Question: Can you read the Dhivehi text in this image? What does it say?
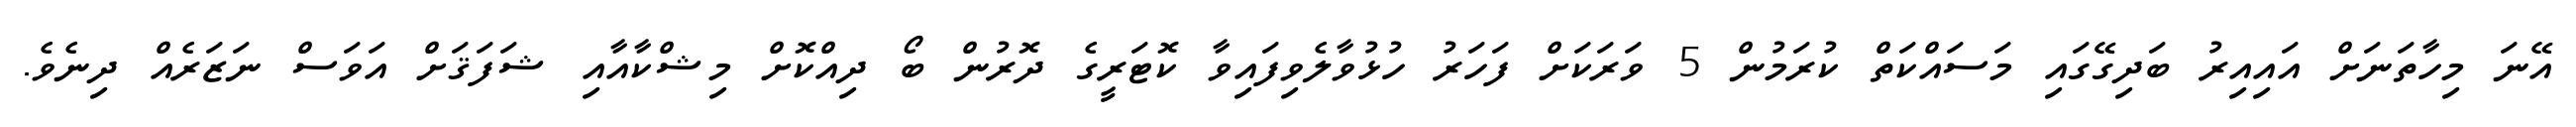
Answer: އޭނަ މިހާތަނަށް އައިއިރު ބަދިގޭގައި މަސައްކަތް ކުރަމުން 5 ވަރަކަށް ފަހަރު ހުޅުވާލެވިފައިވާ ކޮޓަރީގެ ދޮރުން ބޯ ދިއްކޮށް މިޝްކާއާއި ޝަފަޤަށް އަވަސް ނަޒަރެއް ދިނެވެ.